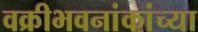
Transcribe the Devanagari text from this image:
वक्रीभवनांकांच्या